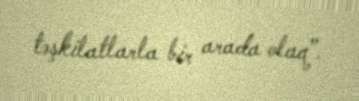
təşkilatlarla bir arada olaq”.